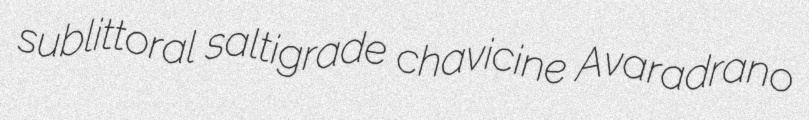
sublittoral saltigrade chavicine Avaradrano